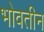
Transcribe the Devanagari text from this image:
भोवतीन